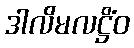
ဒါလိမလဋ္ဌိံဝ